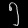
Digit: ၅